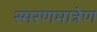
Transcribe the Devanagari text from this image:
स्मरणमात्रेण